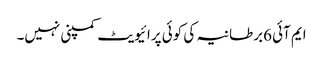
ایم آئی 6برطانیہ کی کوئی پرائیویٹ کمپنی نہیں۔